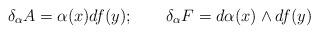
LaTeX: \begin{align*} \delta_\alpha A = \alpha(x) d f(y);\qquad \delta_\alpha F = d\alpha(x)\wedge d f(y)\end{align*}